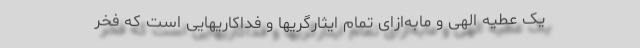
یک عطیه الهی و مابه‌ازای تمام ایثارگریها و فداکاریهایی است که فخر